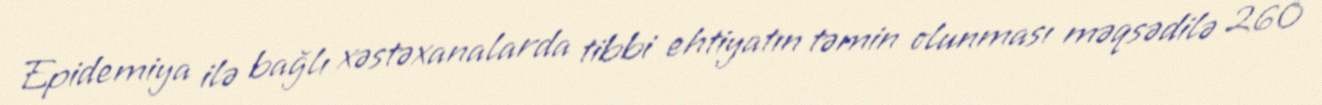
Epidemiya ilə bağlı xəstəxanalarda tibbi ehtiyatın təmin olunması məqsədilə 260